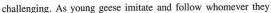
challenging. As young geese imitate and follow whomever they